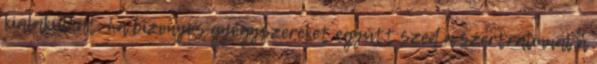
kialakulhat, ha bizonyos gyógyszereket együtt szed a szertralinnal a